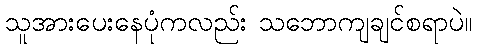
သူအားပေးနေပုံကလည်း သဘောကျချင်စရာပဲ။